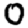
Digit: 0